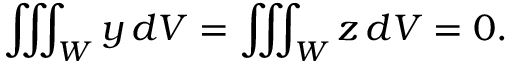
\iiint _ { W } y \, d V = \iiint _ { W } z \, d V = 0 .